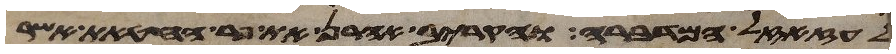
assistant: לעזזאל המדברה והקריב אהרן את פר החטאת אשר